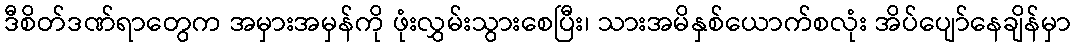
ဒီစိတ်ဒဏ်ရာတွေက အမှားအမှန်ကို ဖုံးလွှမ်းသွားစေပြီး၊ သားအမိနှစ်ယောက်စလုံး အိပ်ပျော်နေချိန်မှာ